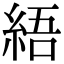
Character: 𦀡